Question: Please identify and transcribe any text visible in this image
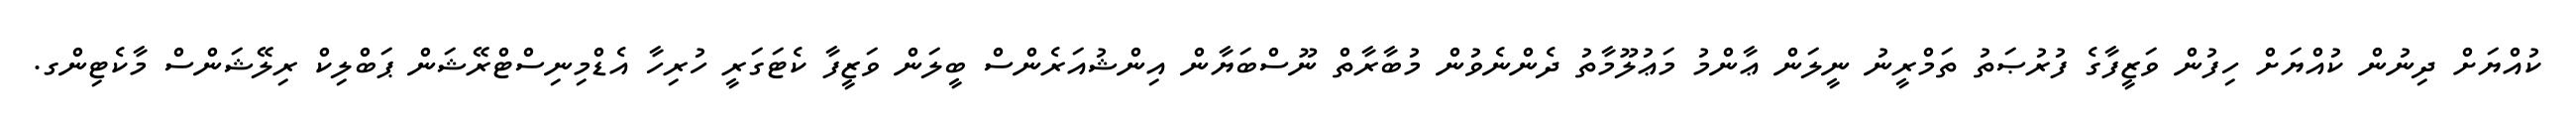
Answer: ކުއްޔަށް ދިނުން ކުއްޔަށް ހިފުން ވަޒީފާގެ ފުރުޞަތު ތަމްރީނު ނީލަން ޢާންމު މަޢުލޫމާތު ދެންނެވުން މުބާރާތް ނޫސްބަޔާން އިންޝުއަރެންސް ބީލަން ވަޒީފާ ކެޓަގަރީ ހުރިހާ އެޑްމިނިސްޓްރޭޝަން ޕަބްލިކް ރިލޭޝަންސް މާކެޓިންގ.